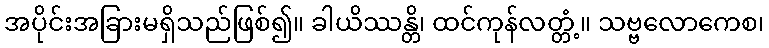
အပိုင်းအခြားမရှိသည်ဖြစ်၍။ ခါယိဿန္တိ၊ ထင်ကုန်လတ္တံ့။ သဗ္ဗလောကေစ၊